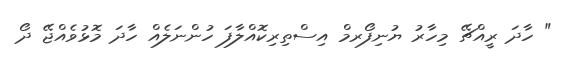
" ހާދަ ރީއްޗޭ މިހާރު ޔުނިފޯރމް އިސްތިރިކޮއްލާފަ ހުންނަލެއް ހާދަ މޮޅުވެއްޖޭ ދޯ